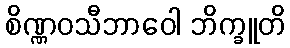
စိဏ္ဏဝသီဘာဝေါ ဘိက္ခူတိ